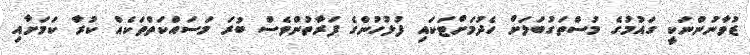
ޒުވާނުންނަކީ ގައުމުގެ މުސްތަގުބަލަށް ހެދުމަށްޓަކައި ފުލުހުންގެ ފަރާތުންވެސް ބުރަ މަސައްކަތްތަކެއް ކުރާ ކަމަށާއި